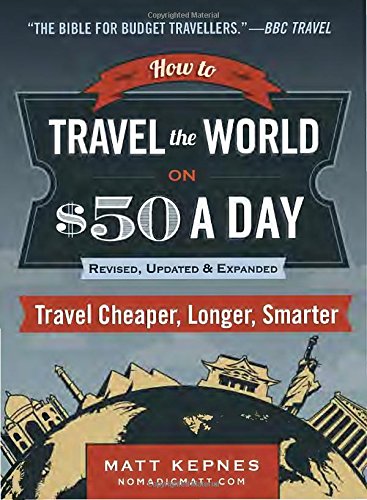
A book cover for How to Travel the World on $50 a Day: Revised: Travel Cheaper, Longer, Smarter; Matt Kepnes; Travel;